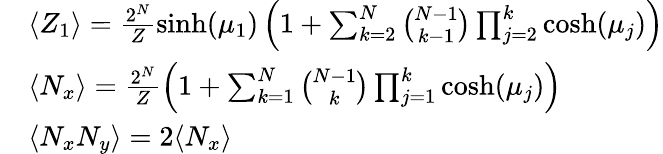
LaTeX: \begin{array}{rl}&{{\langle Z_{1}\rangle}=\frac{2^{N}}{Z}\sinh(\mu_{1})\left(1+\sum_{k=2}^{N}\binom{N-1}{k-1}\prod_{j=2}^{k}\cosh(\mu_{j})\right)}\\ &{{\langle N_{x}\rangle}=\frac{2^{N}}{Z}\left(1+\sum_{k=1}^{N}\binom{N-1}{k}\prod_{j=1}^{k}\cosh(\mu_{j})\right)}\\ &{{\langle N_{x}N_{y}\rangle}=2{\langle N_{x}\rangle}}\end{array}